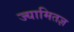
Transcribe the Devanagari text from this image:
ज्यामितज्ञ